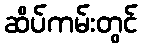
ဆိပ်ကမ်းတွင်